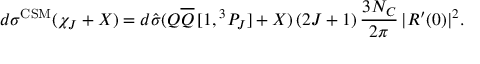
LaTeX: d \sigma ^ { \mathrm { C S M } } ( \chi _ { J } + X ) = d \hat { \sigma } ( Q \overline { { { Q } } } \, [ 1 , { } ^ { 3 } P _ { J } ] + X ) \, ( 2 J + 1 ) \, \frac { 3 N _ { C } } { 2 \pi } \, | R ^ { \prime } ( 0 ) | ^ { 2 } .